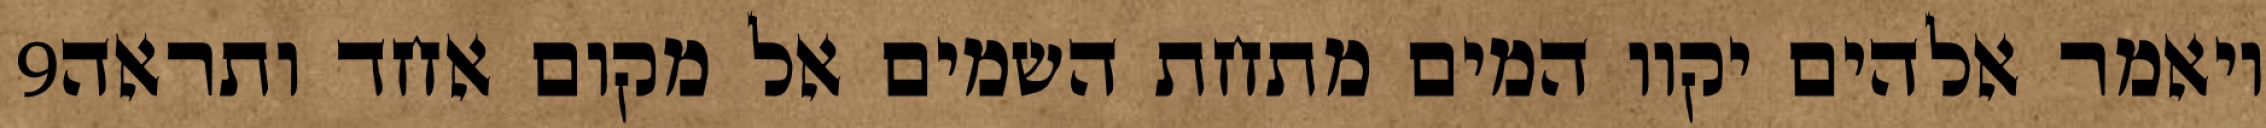
‎9‏ ויאמר אלהים יקוו המים מתחת השמים אל מקום אחד ותראה